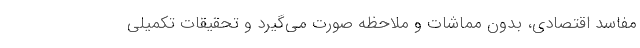
مفاسد اقتصادی، بدون مماشات و ملاحظه صورت می‌گیرد و تحقیقات تکمیلی